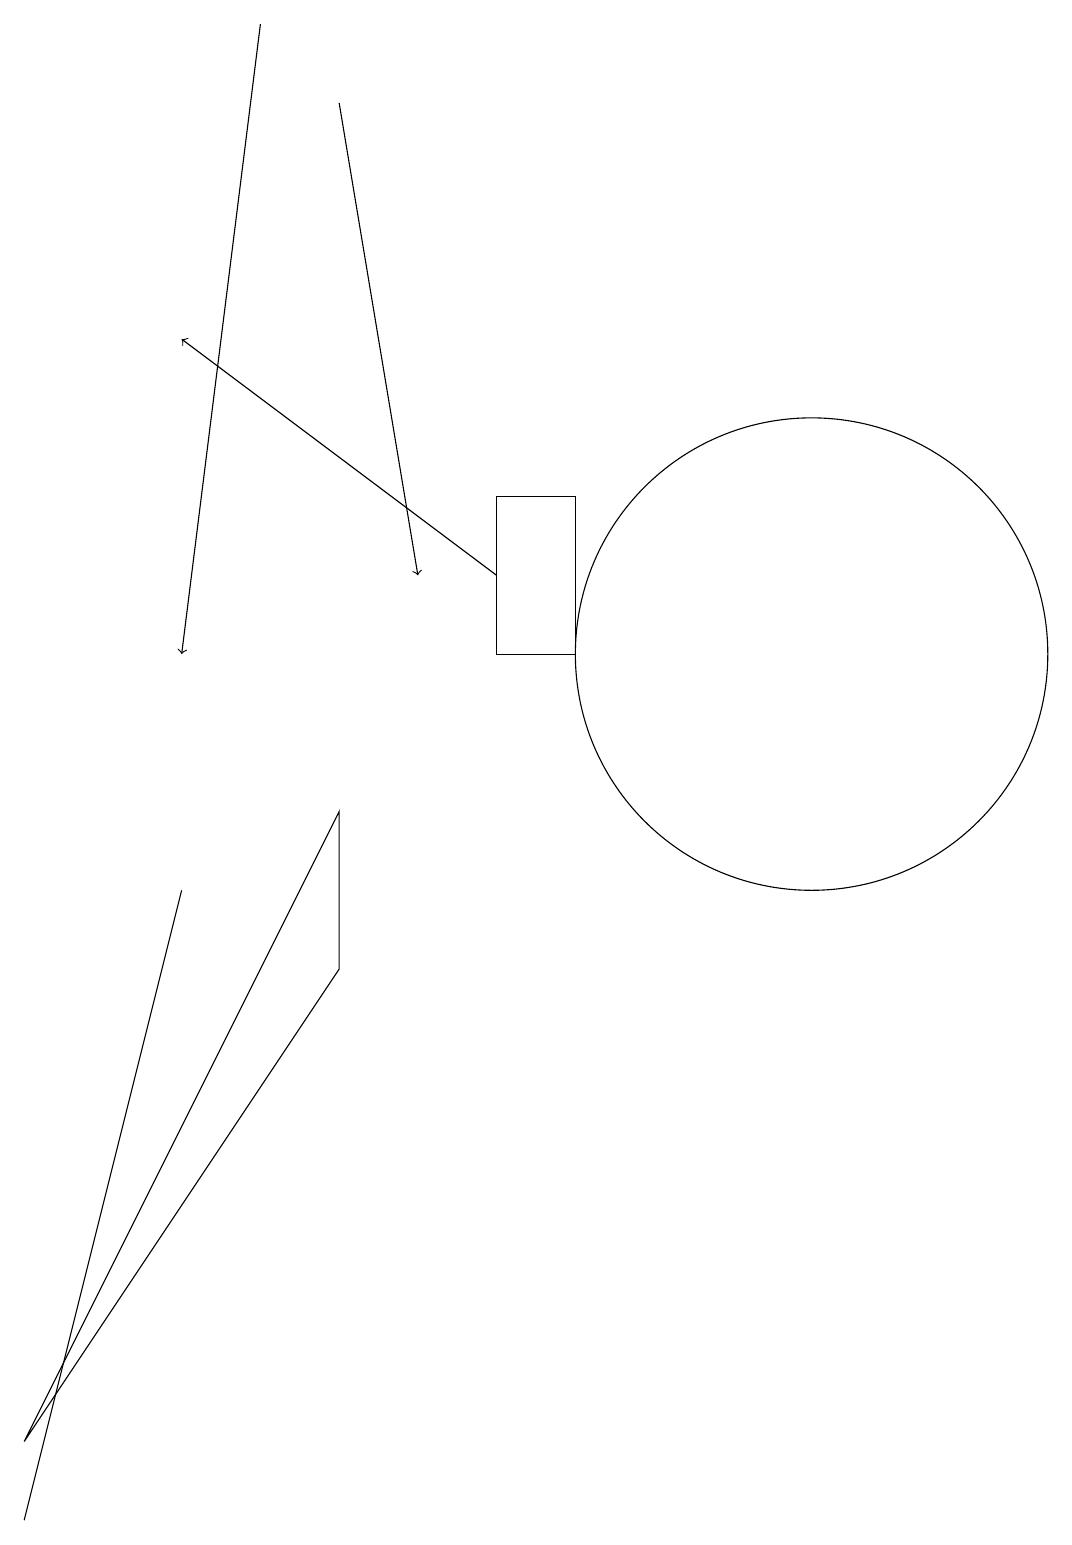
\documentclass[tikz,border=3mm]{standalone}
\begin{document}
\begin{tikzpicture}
\draw (5,7) -- (5,9) -- (1,1) -- cycle;
\draw[->] (4,19) -- (3,11);
\draw (1,0) -- (3,8) -- (2,4) -- cycle;
\draw (11,11) circle (3);
\draw[->] (7,12) -- (3,15);
\draw (8,13) rectangle (7,11);
\draw[->] (5,18) -- (6,12);
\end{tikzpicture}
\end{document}